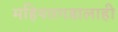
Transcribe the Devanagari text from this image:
महिपतगडालाही